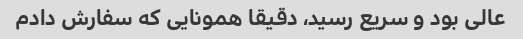
عالی بود و سریع رسید، دقیقا همونایی که سفارش دادم